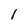
Character: 1